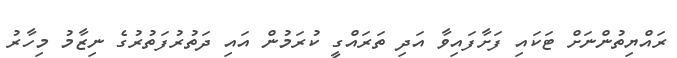
ރައްޔިތުންނަށް ޓަކައި ފަށާފައިވާ އަދި ތަރައްގީ ކުރަމުން އައި ދަތުރުފަތުރުގެ ނިޒާމު މިހާރު